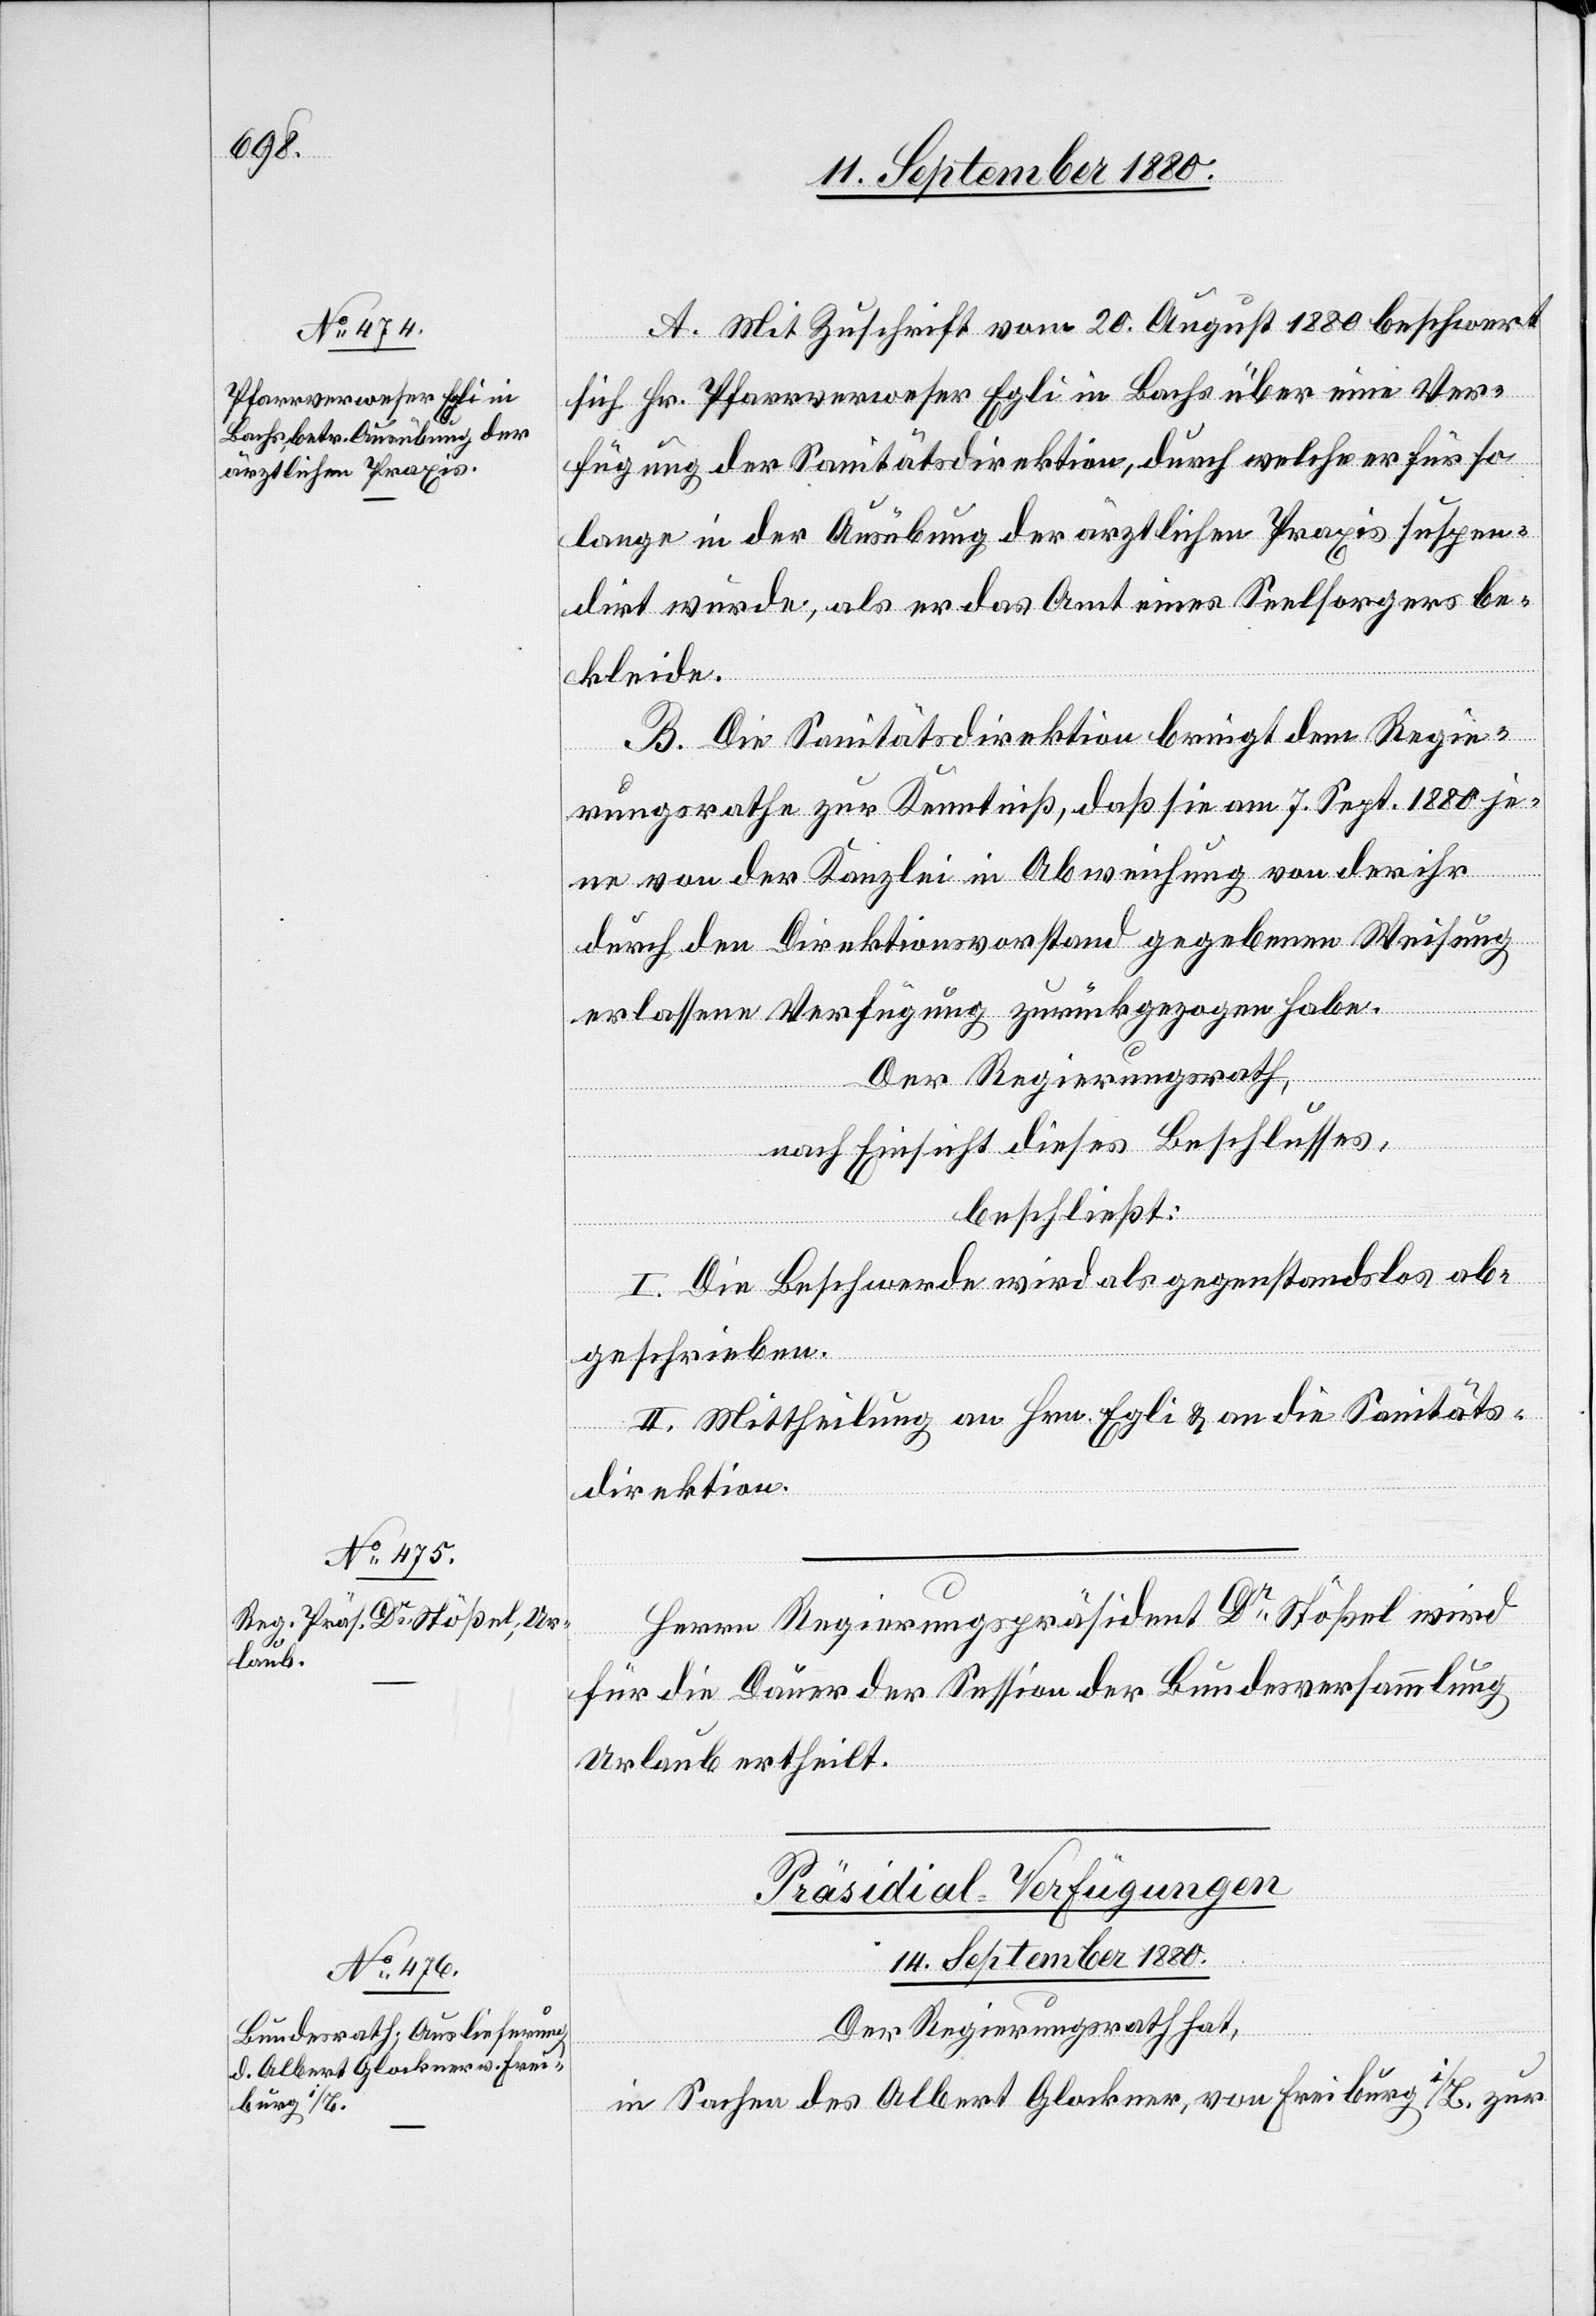
A. Mit Zuschrift vom 20. August 1880 beschwert
sich Hr. Pfarrverweser Egli in Bachs über eine Ver¬
fügung der Sanitätsdirektion, durch welche er für so¬
lange in der Ausübung der ärztlichen Praxis suspen¬
dirt wurde, als er das Amt eines Seelsorgers be¬
kleide.
B. Die Sanitätsdirektion bringt dem Regie¬
rungsrathe zur Kenntniß, daß sie am 7. Sept. 1880 je¬
ne von der Kanzlei in Abweisung von der ihr
durch den Direktionsvorstand gegebene Weisung
erlassene Verfügung zurückgezogen habe.
Der Regierungsrath,
nach Einsicht dieses Beschlusses,
beschließt:
I. Die Beschwerde wird als gegenstandslos ab¬
geschrieben.
II. Mittheilung an Hrn. Egli & an die Sanitäts¬
direktion.
Herrn Regierungspräsident Dr Stößel wird
für die Dauer der Session der Bundesversammlung
Urlaub ertheilt.
Präsidial-Verfügungen
14. September 1880.
Der Regierungsrath hat,
in Sachen des Albert Glockner, von Freiburg i/B zur